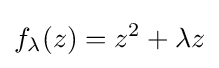
f_{\lambda }(z)=z^{2}+\lambda z